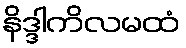
နိဒ္ဒါကိလမထံ